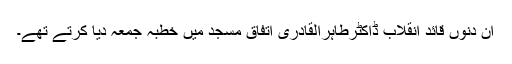
ان دنوں قائد انقلاب ڈاکٹرطاہرالقادری اتفاق مسجد میں خطبہ جمعہ دیا کرتے تھے۔